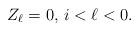
LaTeX: \begin{align*}Z_{\ell} = 0, \, i < \ell < 0.\end{align*}